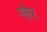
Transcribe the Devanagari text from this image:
ग्लेर